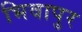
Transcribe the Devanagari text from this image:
भिवापुर